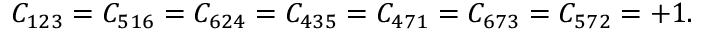
C _ { 1 2 3 } = C _ { 5 1 6 } = C _ { 6 2 4 } = C _ { 4 3 5 } = C _ { 4 7 1 } = C _ { 6 7 3 } = C _ { 5 7 2 } = + 1 .